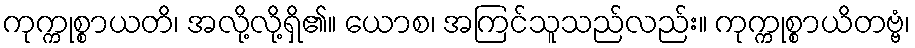
ကုက္ကုစ္စာယတိ၊ အလို့လို့ရှိ၏။ ယောစ၊ အကြင်သူသည်လည်း။ ကုက္ကုစ္စာယိတဗ္ဗံ၊